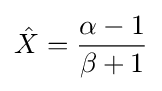
{\hat {X}}={\frac {\alpha -1}{\beta +1}}